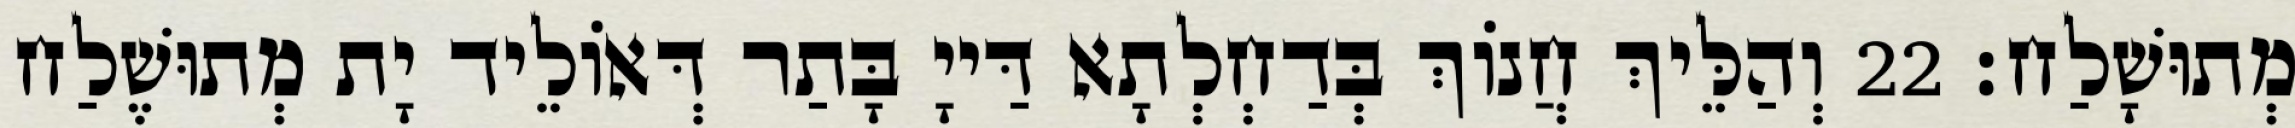
מְתוּשָׁלַח׃ 22 וְהַלֵּיךְ חֲנוֹךְ בְּדַחְלְתָא דַּייָ בָּתַר דְּאוֹלֵיד יָת מְתוּשֶׁלַח